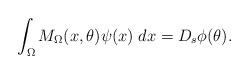
LaTeX: \begin{align*}\int_\Omega M_\Omega(x,\theta)\psi(x)\;dx=D_s\phi(\theta).\end{align*}